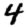
Digit: 4